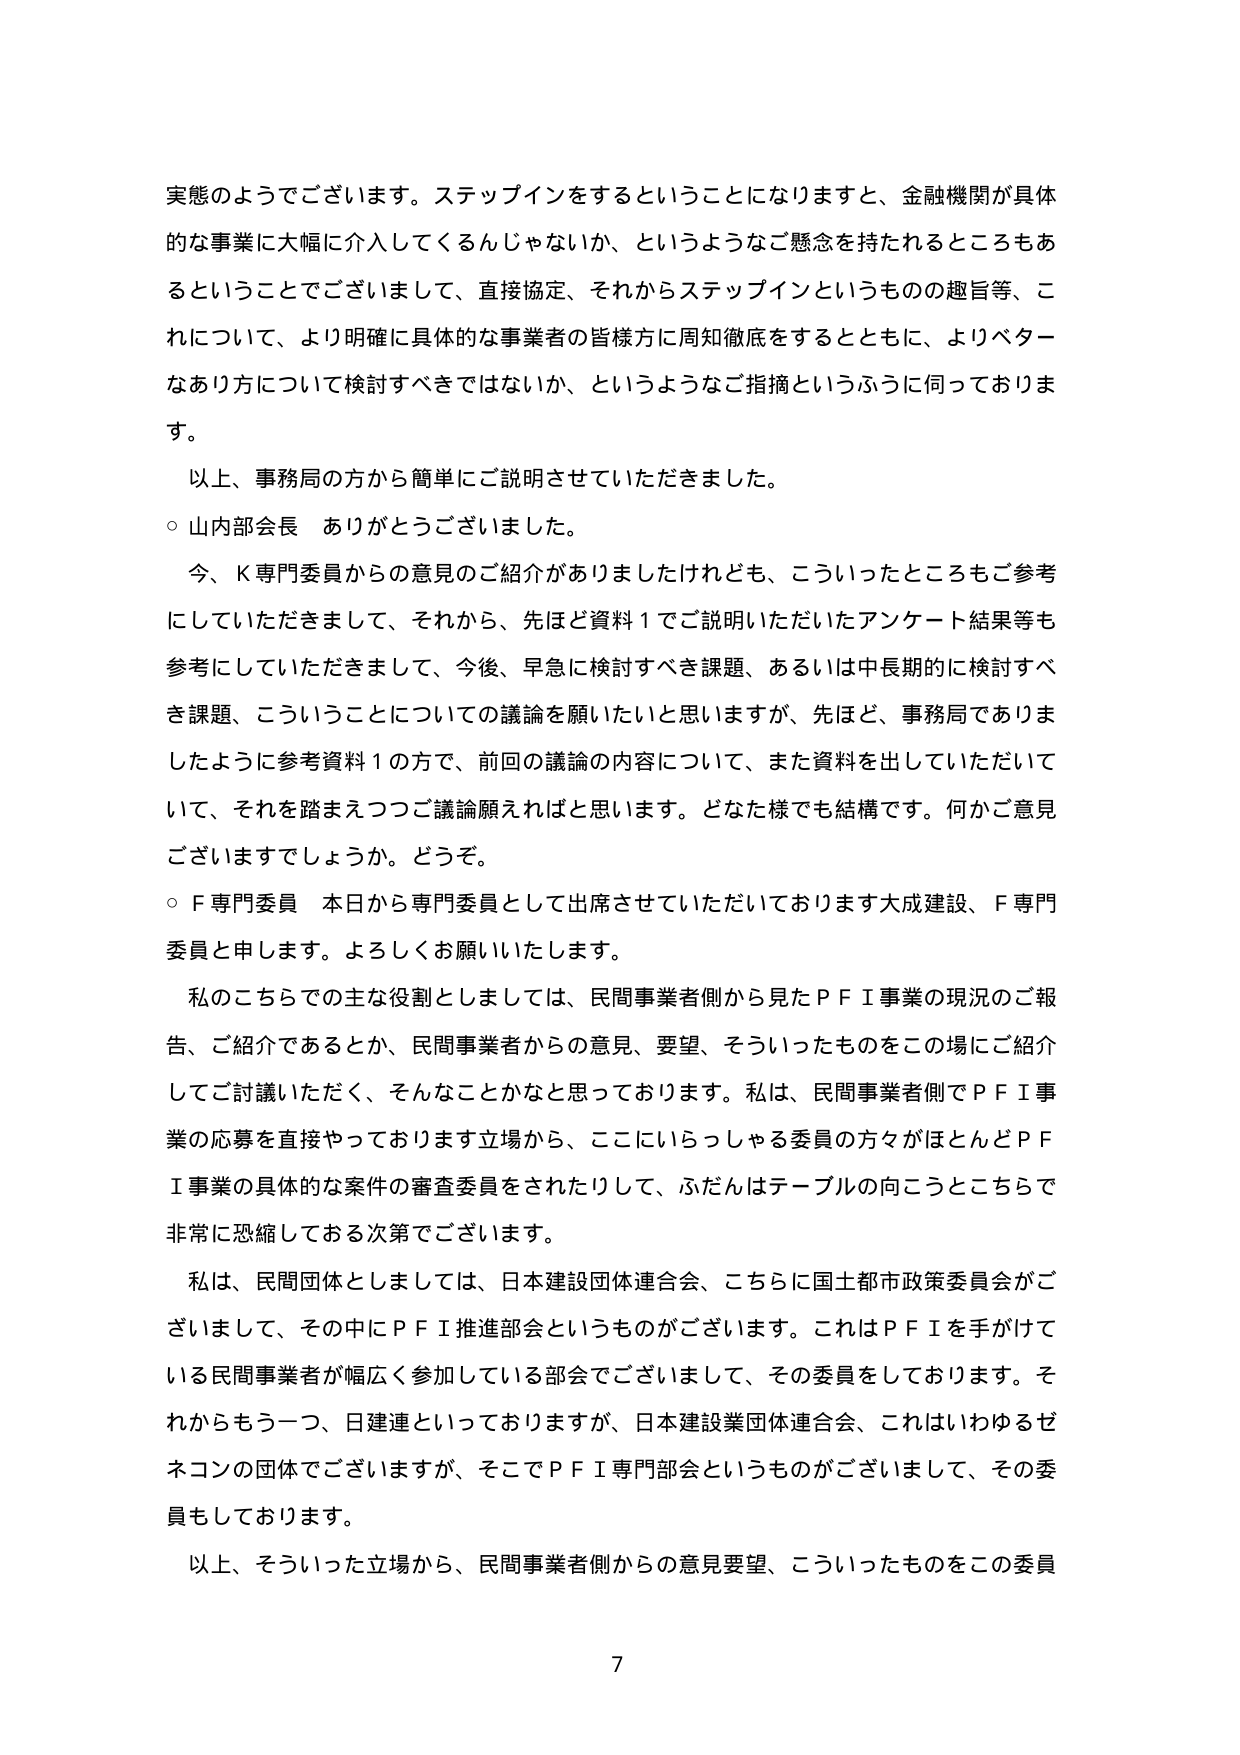
実態のようでございます。ステップインをするということになりますと、金融機関が具体的な事業に大幅に介入してくるんじゃないか、というようなご懸念を持たれるところもあるということでございまして、直接協定、それからステップインというものの趣旨等、これについて、より明確に具体的な事業者の皆様方に周知徹底をするとともに、よりベターなあり方について検討すべきではないか、というようなご指摘というふうに伺っております。

以上、事務局の方から簡単にご説明させていただきました。

○ 山内部会長 ありがとうございました。

今、K専門委員からの意見のご紹介がありましたけれども、こういったところもご参考にしていただきまして、それから、先ほど資料１でご説明いただいたアンケート結果等も参考にしていただきまして、今後、早急に検討すべき課題、あるいは中長期的に検討すべき課題、こういうことについての議論を願いたいと思いますが、先ほど、事務局でありましたように参考資料１の方で、前回の議論の内容について、また資料を出していただいていて、それを踏まえつつご議論願えればと思います。どなた様でも結構です。何かご意見ございますでしょうか。どうぞ。

○ F専門委員 本日から専門委員として出席させていただいております大成建設、F専門委員と申します。よろしくお願いいたします。

私のこちらでの主な役割としましては、民間事業者側から見たＰＦＩ事業の現況のご報告、ご紹介であるとか、民間事業者からの意見、要望、そういったものをこの場にご紹介してご討議いただく、そんなことかなと思っております。私は、民間事業者側でＰＦＩ事業の応募を直接やっております立場から、ここにいらっしゃる委員の方々がほとんどＰＦＩ事業の具体的な案件の審査委員をされたりして、ふだんはテーブルの向こうどころで非常に恐縮しておる次第でございます。

私は、民間団体としましては、日本建設団体連合会、こちらに国土都市政策委員会がございまして、その中にＰＦＩ推進部会というものがございます。これはＰＦＩを手がけている民間事業者が幅広く参加している部会でございまして、その委員をしております。それからもう一つ、日建連といっておりますが、日本建設業団体連合会、これはいわゆるゼネコンの団体でございますが、そこでＰＦＩ専門部会というものがございまして、その委員もしております。

以上、そういった立場から、民間事業者側からの意見要望、こういったものをこの委員

7